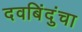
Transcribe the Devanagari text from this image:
दवबिंदुंचा